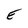
Character: E